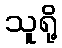
သူရို့